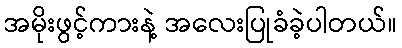
အမိုးဖွင့်ကားနဲ့ အလေးပြုခံခဲ့ပါတယ်။